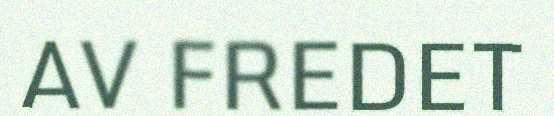
AV FREDET